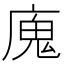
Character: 廆